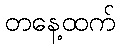
တနေ့ထက်